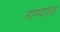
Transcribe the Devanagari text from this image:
नाण्यासह